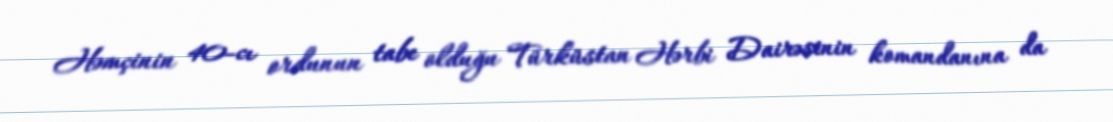
Həmçinin 40-cı ordunun tabe olduğu Türküstan Hərbi Dairəsinin komandanına da